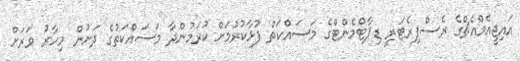
އައިޖީއެމްއެޗްގެ ރެސްޕިރެޓަރީ ޑިޕާޓްމެންޓްގެ މަސައްކަތް ފުޅާކުރުމަށް ކުރަމުންދާ މަސައްކަތުގެ ދަށުން މިހާރު ވަރަށް